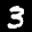
Label: 3